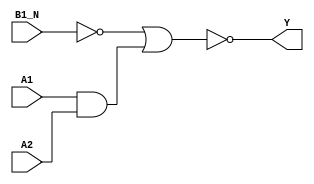
module sky130_fd_sc_hdll__a21boi (
    Y   ,
    A1  ,
    A2  ,
    B1_N
);

    // Module ports
    output Y   ;
    input  A1  ;
    input  A2  ;
    input  B1_N;

    // Module supplies
    supply1 VPWR;
    supply0 VGND;
    supply1 VPB ;
    supply0 VNB ;

    // Local signals
    wire b         ;
    wire and0_out  ;
    wire nor0_out_Y;

    //  Name  Output      Other arguments
    not not0 (b         , B1_N           );
    and and0 (and0_out  , A1, A2         );
    nor nor0 (nor0_out_Y, b, and0_out    );
    buf buf0 (Y         , nor0_out_Y     );

endmodule